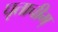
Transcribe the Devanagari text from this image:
घृताचीम्